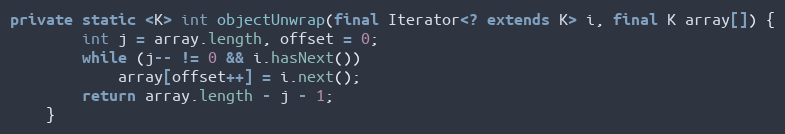
Language: Java
private static <K> int objectUnwrap(final Iterator<? extends K> i, final K array[]) {
        int j = array.length, offset = 0;
        while (j-- != 0 && i.hasNext())
            array[offset++] = i.next();
        return array.length - j - 1;
    }